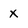
Character: x